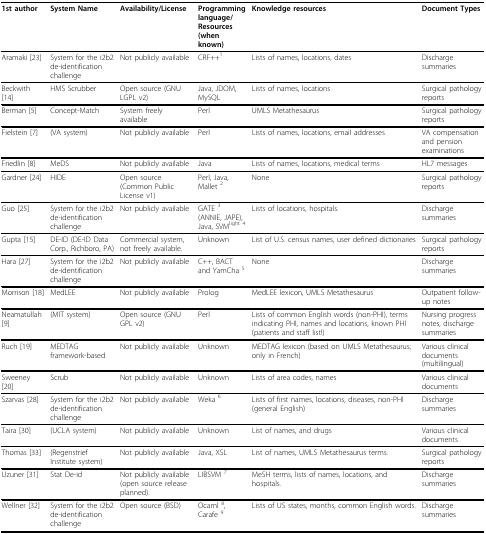
<table><thead><tr><td><b>1st author</b></td><td><b>System Name</b></td><td><b>Availability/License</b></td><td><b>Programming language/Resources (when known)</b></td><td><b>Knowledge resources</b></td><td><b>Document Types</b></td></tr></thead><tbody><tr><td>Aramaki [23]</td><td>System for the i2b2 de-identification challenge</td><td>Not publicly available</td><td>CRF++<sup>1</sup></td><td>Lists of names, locations, dates</td><td>Discharge summaries</td></tr><tr><td>Beckwith [14]</td><td>HMS Scrubber</td><td>Open source (GNU LGPL v2)</td><td>Java, JDOM, MySQL</td><td>Lists of names, locations</td><td>Surgical pathology reports</td></tr><tr><td>Berman [5]</td><td>Concept-Match</td><td>System freely available</td><td>Perl</td><td>UMLS Metathesaurus</td><td>Surgical pathology reports</td></tr><tr><td>Fielstein [7]</td><td>(VA system)</td><td>Not publicly available</td><td>Perl</td><td>Lists of names, locations, email addresses</td><td>VA compensation and pension examinations</td></tr><tr><td>Friedlin [8]</td><td>MeDS</td><td>Not publicly available</td><td>Java</td><td>Lists of names, locations, medical terms</td><td>HL7 messages</td></tr><tr><td>Gardner [24]</td><td>HIDE</td><td>Open source (Common Public License v1)</td><td>Perl, Java, Mallet <sup>2</sup></td><td>None</td><td>Surgical pathology reports</td></tr><tr><td>Guo [25]</td><td>System for the i2b2 de-identification challenge</td><td>Not publicly available</td><td>GATE <sup>3</sup>(ANNIE, JAPE), Java, SVM<sup>light </sup><sup>4</sup></td><td>Lists of locations, hospitals.</td><td>Discharge summaries</td></tr><tr><td>Gupta [15]</td><td>DE-ID (DE-ID Data Corp., Richboro, PA)</td><td>Commercial system, not freely available.</td><td>Unknown</td><td>List of U.S. census names, user defined dictionaries</td><td>Surgical pathology reports</td></tr><tr><td>Hara [27]</td><td>System for the i2b2 de-identification challenge</td><td>Not publicly available</td><td>C++, BACT and YamCha <sup>5</sup></td><td>None</td><td>Discharge summaries</td></tr><tr><td>Morrison [18]</td><td>MedLEE</td><td>Not publicly available</td><td>Prolog</td><td>MedLEE lexicon, UMLS Metathesaurus</td><td>Outpatient follow-up notes</td></tr><tr><td>Neamatullah [9]</td><td>(MIT system)</td><td>Open source (GNU GPL v2)</td><td>Perl</td><td>Lists of common English words (non-PHI), terms indicating PHI, names and locations, known PHI (patients and staff list!)</td><td>Nursing progress notes, discharge summaries</td></tr><tr><td>Ruch [19]</td><td>MEDTAG framework-based</td><td>Not publicly available</td><td>Unknown</td><td>MEDTAG lexicon (based on UMLS Metathesaurus; only in French)</td><td>Various clinical documents (multilingual)</td></tr><tr><td>Sweeney [20]</td><td>Scrub</td><td>Not publicly available</td><td>Unknown</td><td>Lists of area codes, names</td><td>Various clinical documents</td></tr><tr><td>Szarvas [28]</td><td>System for the i2b2 de-identification challenge</td><td>Not publicly available</td><td>Weka <sup>6</sup></td><td>Lists of first names, locations, diseases, non-PHI (general English)</td><td>Discharge summaries</td></tr><tr><td>Taira [30]</td><td>(UCLA system)</td><td>Not publicly available</td><td>Unknown</td><td>List of names, and drugs</td><td>Various clinical documents</td></tr><tr><td>Thomas [33]</td><td>(Regenstrief Institute system)</td><td>Not publicly available</td><td>Java, XSL</td><td>List of names, UMLS Metathesaurus terms.</td><td>Surgical pathology reports</td></tr><tr><td>Uzuner [31]</td><td>Stat De-id</td><td>Not publicly available (open source release planned).</td><td>LIBSVM <sup>7</sup></td><td>MeSH terms, lists of names, locations, and hospitals.</td><td>Discharge summaries</td></tr><tr><td>Wellner [32]</td><td>System for the i2b2 de-identification challenge</td><td>Open source (BSD)</td><td>Ocaml <sup>8</sup>,Carafe <sup>9</sup></td><td>Lists of US states, months, common English words.</td><td>Discharge summaries</td></tr></tbody></table>